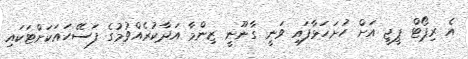
އެ ރިޕޯޓް ޕީޖީ އަށް ހުށަހަޅާފައި ވަނީ ގާނޫނީ ޒިންމާ އަދާކުރެއްވުމުގެ ފަސޭހައަކަށްޓަކައި